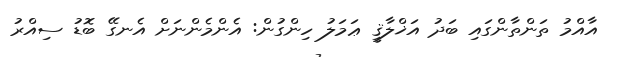
އާއްމު ތަންތާންގައި ބަދު އަޚްލާޤީ ޢަމަލު ހިންގުން: އެންމެންނަށް އެނގޭ ބޮޑު ސިއްރު